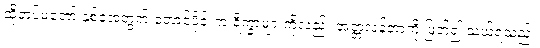
ထိုတပ်မတော် နှစ်ခုအတွက် တောင်ပိုင်းက ရိက္ခာများကိုလည်း အတ္တလန်တာကို ဖြတ်၍ သယ်ရသည်။